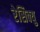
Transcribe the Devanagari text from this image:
रेसिक्यु